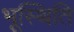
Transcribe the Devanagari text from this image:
भूस्थिति